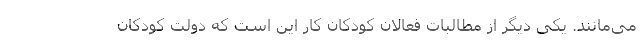
می‌مانند. یکی دیگر از مطالبات فعالان کودکان کار این است که دولت کودکان